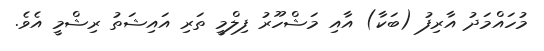
މުހައްމަދު އާރިފު (ބަކާ) އާއި މަޝްހޫރު ފިލްމީ ތަރި އައިޝަތު ރިޝްމީ އެވެ.